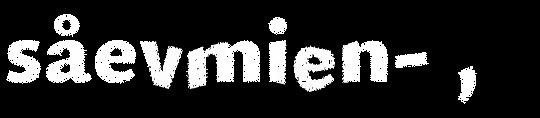
såevmien- ,